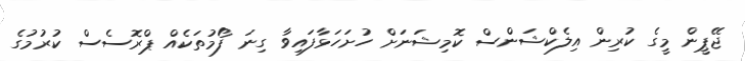
ޖޭޕީން މީގެ ކުރިން އިލެކްޝަންސް ކޮމިޝަނަށް ހުށަހަޅާފައިވާ ގިނަ ފޯމުތަކެއް ޕްރޮސެސް ކުރުމުގެ